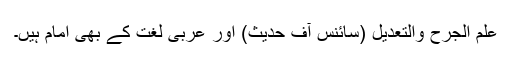
علم الجرح والتعدیل (سائنس آف حدیث) اور عربی لغت کے بھی امام ہیں۔